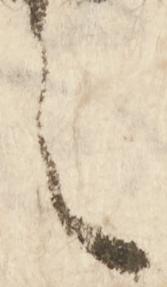
之